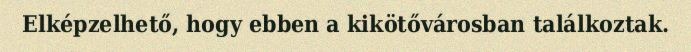
Elképzelhető, hogy ebben a kikötővárosban találkoztak.